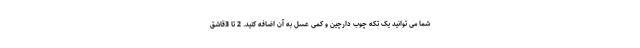
شما می توانید یک تکه چوب دارچین و کمی عسل به آن اضافه کنید. 2 تا 3قاشق